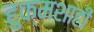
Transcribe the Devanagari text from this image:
हुक्मशाही